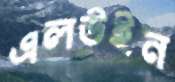
এলউইন